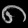
Digit: ၈